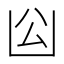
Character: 𠚅